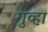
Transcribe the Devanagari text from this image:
गुव्हा